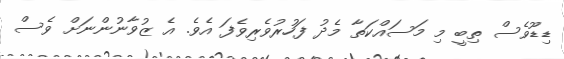
ޑިޑޫވެސް ތިބީ މި މަސައްކަތާ މެދު ފަހުރުވެރިވެފަ އެވެ. އެ ޒުވާނުންނަށް ވެސް